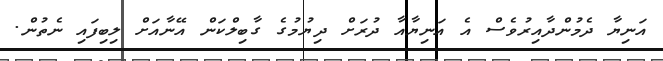
އަނިޔާ ދެމުންދާއިރުވެސް އެ އަނިޔާއާ ދުރަށް ދިޔުމުގެ ގާބިލްކަން އޭނާއަށް ލިބިފައި ނެތުން.